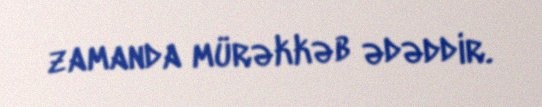
zamanda mürəkkəb ədəddir.